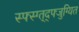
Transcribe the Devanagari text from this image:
स्फ्स्ग्त्द्फ्जुग्यित